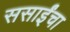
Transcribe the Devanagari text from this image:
ससाईंचा